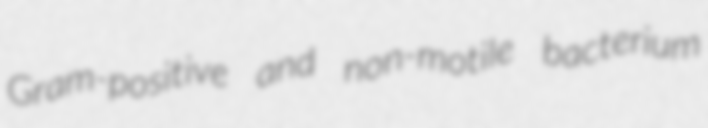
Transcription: Gram-positive and non-motile bacterium